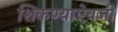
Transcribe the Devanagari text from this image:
शिकण्याऐवजी